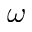
\omega